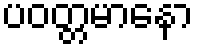
ပဝတ္တမာနော